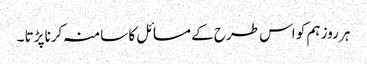
ہر روز ہم کو اس طرح کے مسائل کا سامنہ کرنا پڑتا ۔